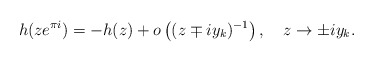
\begin{align*}h(ze^{\pi i})=-h(z)+o\left( (z\mp iy_k)^{-1}\right) ,\quad z\to \pm iy_k.\end{align*}